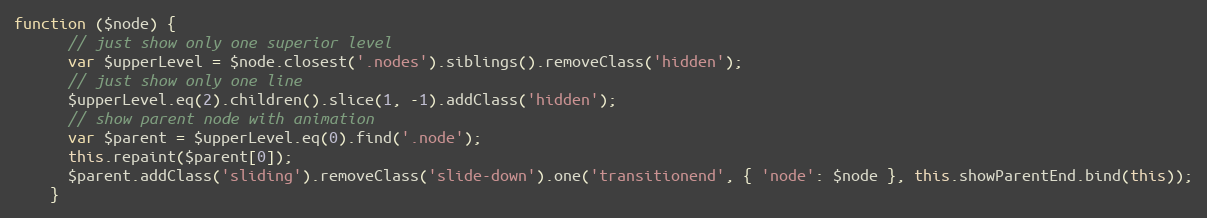
Language: JavaScript
function ($node) {
      // just show only one superior level
      var $upperLevel = $node.closest('.nodes').siblings().removeClass('hidden');
      // just show only one line
      $upperLevel.eq(2).children().slice(1, -1).addClass('hidden');
      // show parent node with animation
      var $parent = $upperLevel.eq(0).find('.node');
      this.repaint($parent[0]);
      $parent.addClass('sliding').removeClass('slide-down').one('transitionend', { 'node': $node }, this.showParentEnd.bind(this));
    }